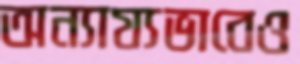
অন্যায্যভাবেও